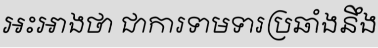
អះអាងថា ជាការទាមទារប្រឆាំងនឹង